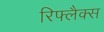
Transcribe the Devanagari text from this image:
रिफ्लैक्‍स